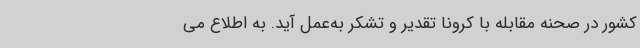
کشور در صحنه مقابله با کرونا تقدیر و تشکر به‌عمل آید. به اطلاع می